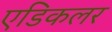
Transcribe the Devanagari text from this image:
एडिकलर